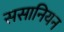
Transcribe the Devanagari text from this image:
ससानियन